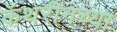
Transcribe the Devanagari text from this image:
कॅथरीनच्या